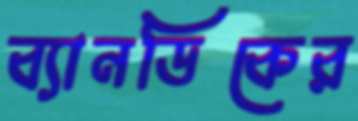
ব্যানডিকের